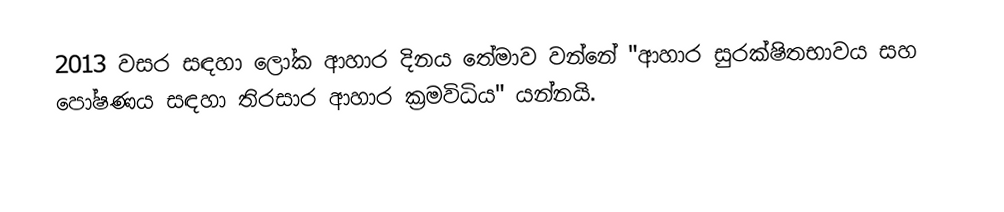
2013 වසර සඳහා ලෝක ආහාර දිනය තේමාව වන්නේ "ආහාර සුරක්ෂිතභාවය සහ පෝෂණය සඳහා තිරසාර ආහාර ක්‍රමවිධිය" යන්නයි.